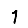
Digit: 1